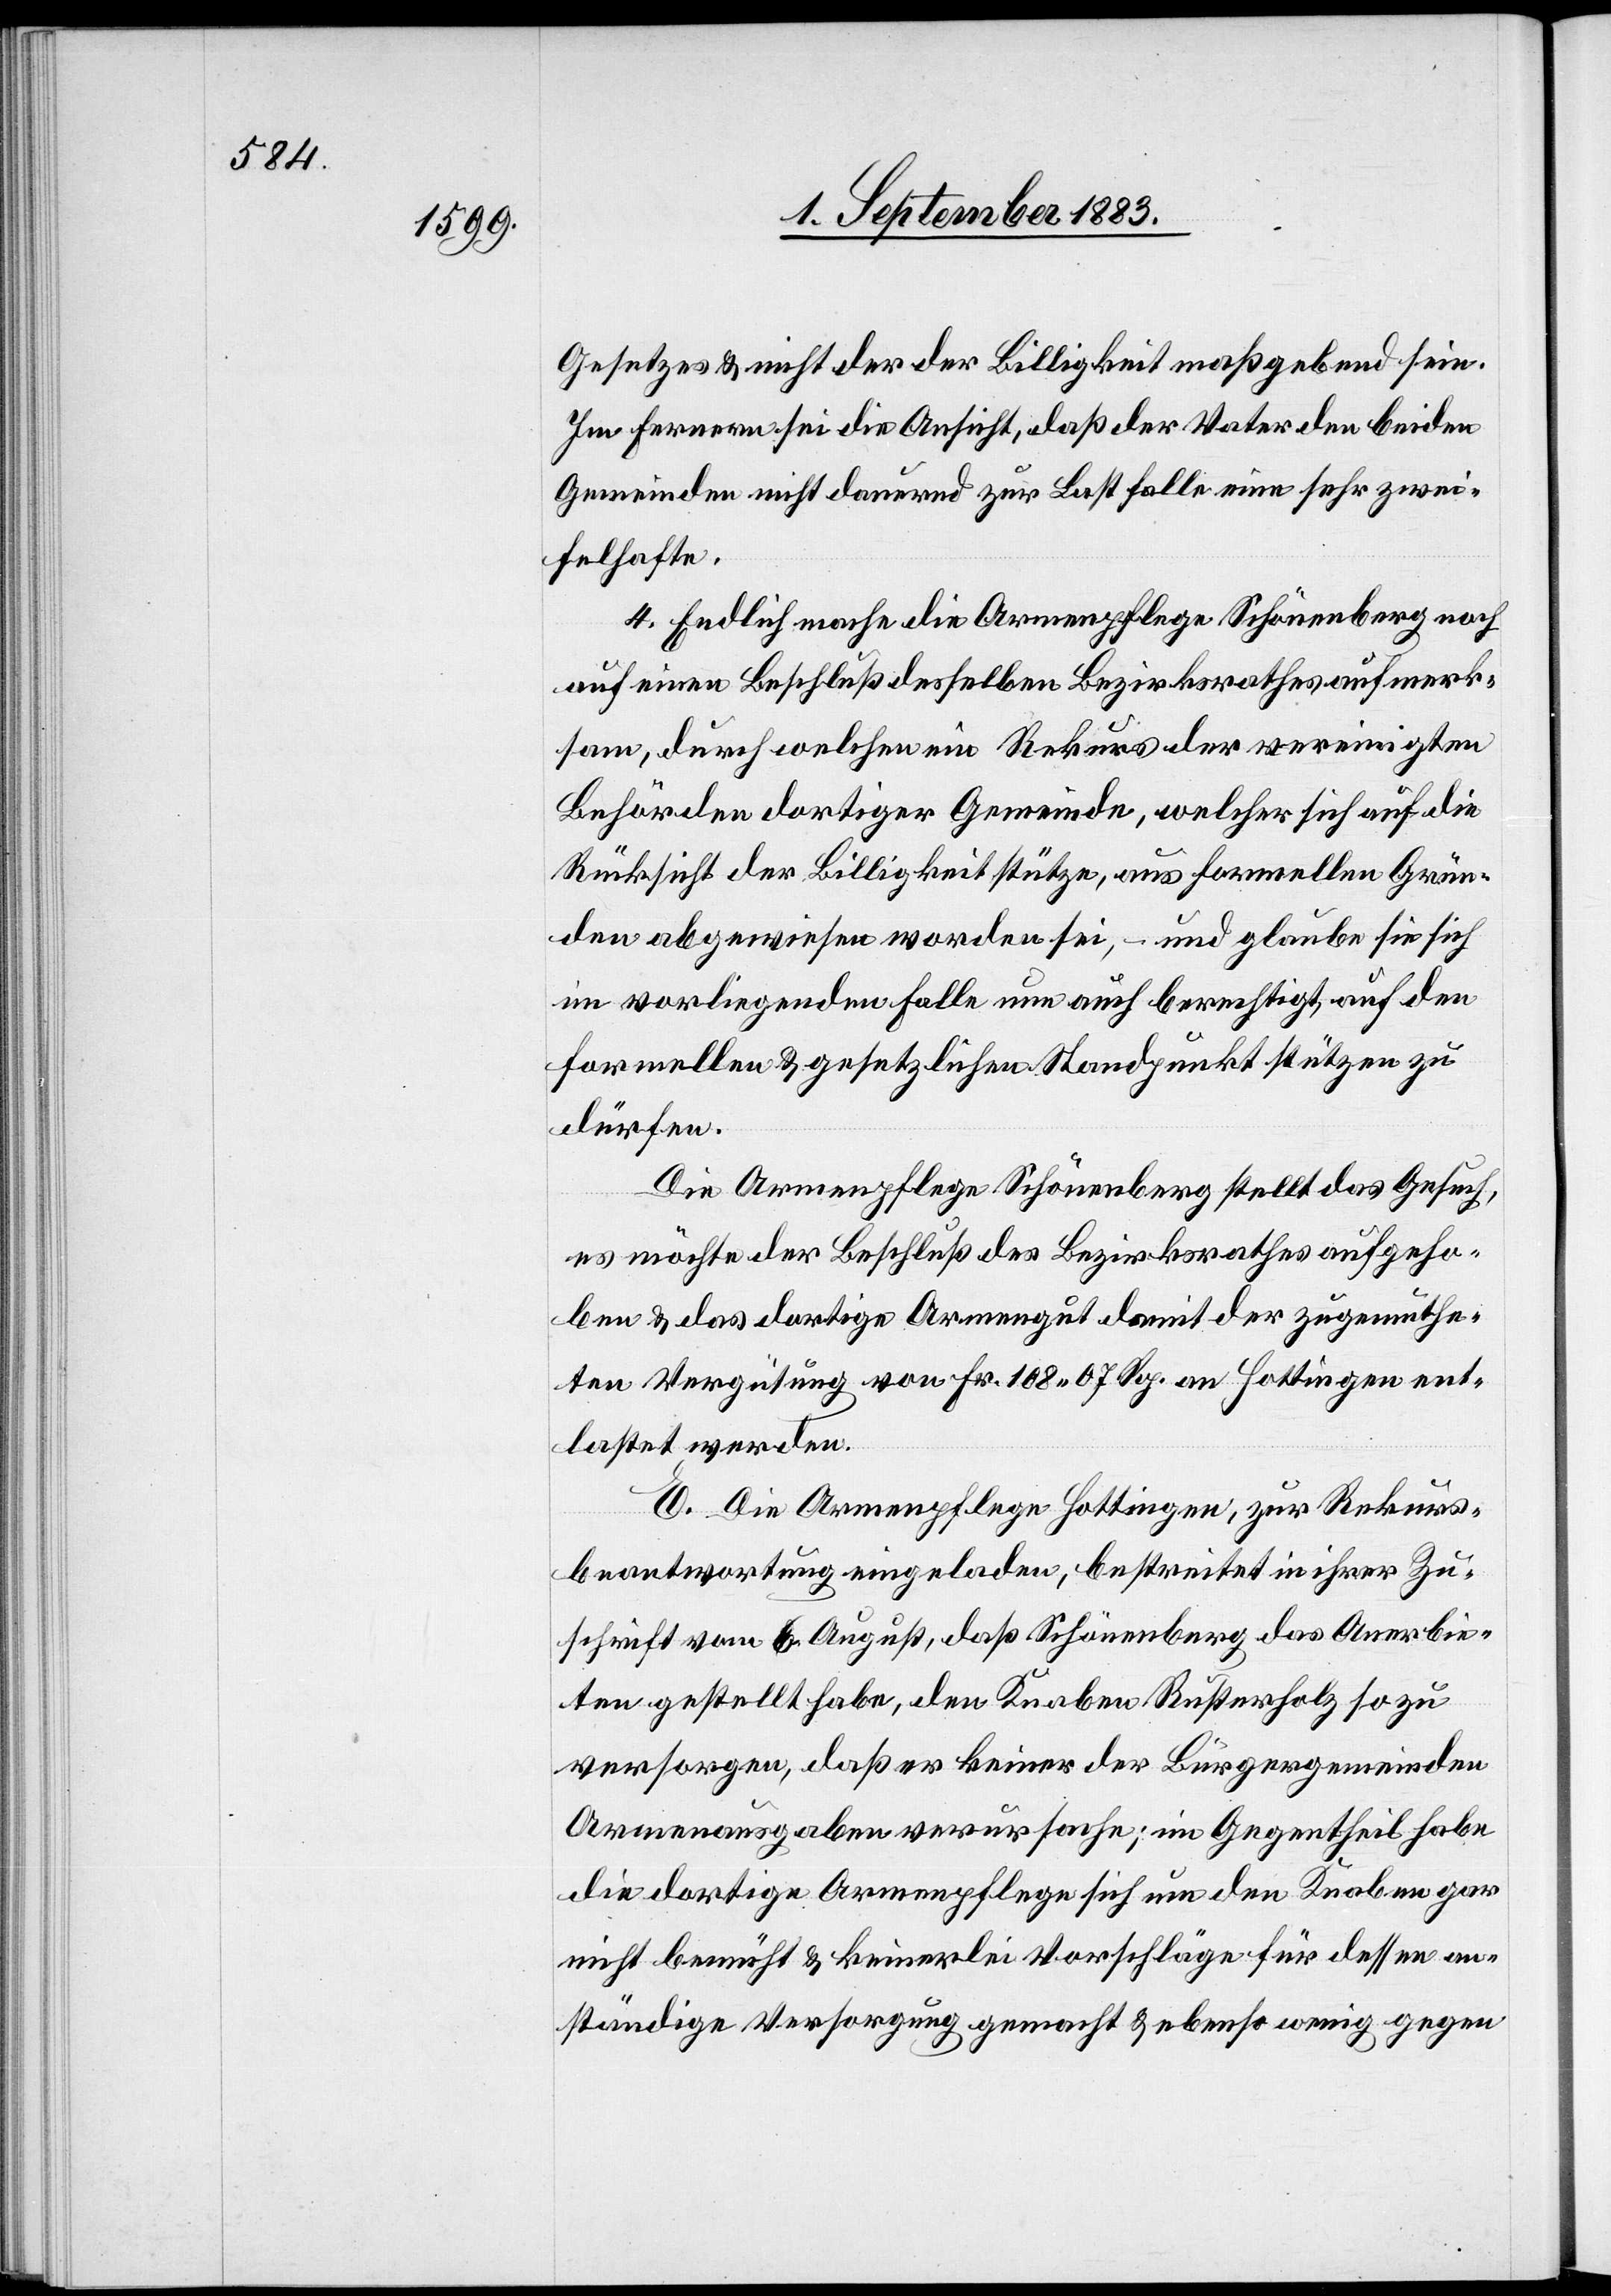
Gesetzes & nicht der Billigkeit maßgebend sein.
Im Fernern sei die Ansicht, daß der Vater den beiden
Gemeinden nicht dauernd zur Last falle eine sehr zwei¬
felhafte.
4. Endlich mache die Armenpflege Schönenberg noch
auf einen Beschluß desselben Bezirksrathes aufmerk¬
sam, durch welchen ein Rekurs der vereinigten
Behörden dortiger Gemeinde, welcher sich auf die
Rücksicht der Billigkeit stütze, aus formellen Grün¬
den abgewiesen worden sei, – und glaube sie sich
im vorliegenden Falle nun auch berechtigt, [sich] auf den
formellen & gesetzlichen Standpunkt stützen zu
dürfen.
Die Armenpflege Schönenberg stellt das Gesuch,
es möchte der Beschluß des Bezirksrathes aufgeho¬
ben & das dortige Armengut damit der zugemuthe¬
ten Vergütung von Fr. 108 07 Rp. an Hottingen ent¬
lastet werden.
E. Die Armenpflege Hottingen, zur Rekurs¬
beantwortung eingeladen, bestreitet in ihrer Zu¬
schrift vom 6. August, daß Schönenberg das Anerbie¬
ten gestellt habe, den Knaben Rusterholz so zu
versorgen, daß er keiner der Bürgergemeinden
Armenausgaben verursache; im Gegentheil habe
die dortige Armenpflege sich um den Knaben gar
nicht bemüht & keinerlei Vorschläge für dessen an¬
ständige Versorgung gemacht & ebenso wenig gegen